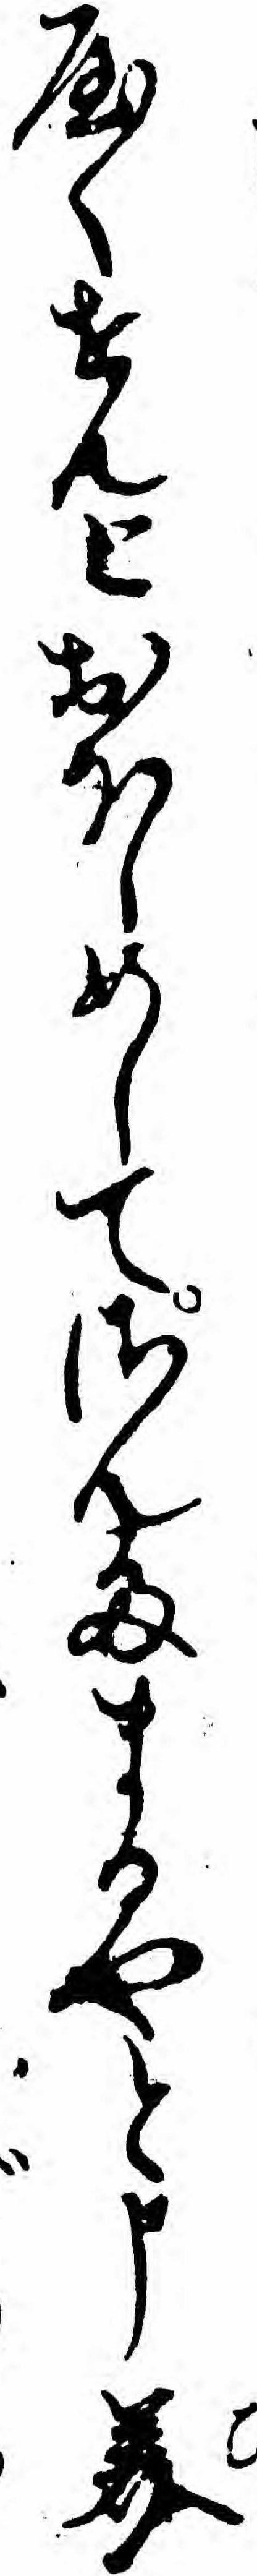
やくせんとおほしめしてさんたまるやと申美